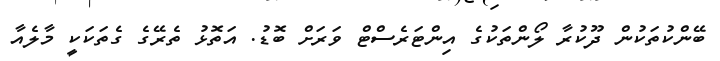
ބޭންކުތަކުން ދޫކުރާ ލޯންތަކުގެ އިންޓަރެސްޓް ވަރަށް ބޮޑު. އަތޮޅު ތެރޭގެ ގެތަކަކީ މާލެއާ